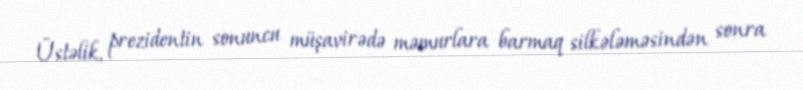
Üstəlik, prezidentin sonuncu müşavirədə məmurlara barmaq silkələməsindən sonra